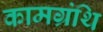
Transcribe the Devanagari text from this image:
कामग्रंथि